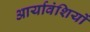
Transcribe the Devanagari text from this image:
आर्यावंशियों